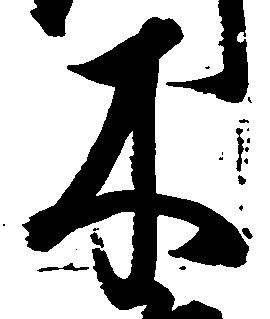
木